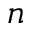
n